Medical and sanitary report of the native army of Bengal for the year
Year: 1876
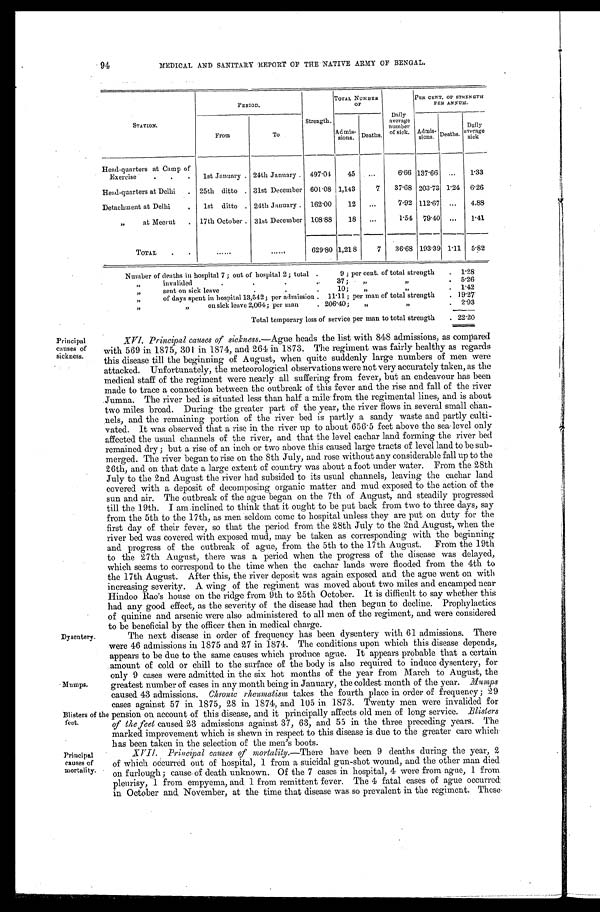
Principal
causes of
sickness.
Dysentery.
Mumps.
94 MEDICAL AND SANITARY REPORT OF THE NATIVE ARMY OF BENGAL.
STATION.
PERIOD.
Strength.
TOTAL NUMBER
OF
Daily
average
number
of sick.
P E R C E N T . O F S T R E N G T H
PER ANNUM.
From
To
Admis-
s i o n .
Deaths.
Admis-
s i o n s .
Deaths.
Daily
average
s i c k .
Head-quarters at Camp of
Exercise . . .
1st January . 24th January . 497.04
45
. . .
6.66 137.66
...
1.33
Head-quarters at Delhi
. 25th ditto . 31st December 601.08 1,143
7
37.68 203.73 1.24
6.26
Detachment at Delhi
.
1st ditto . 24th January . 162.00
12
...
7.92 112.67 ...
4.88
„ at Meerut
. 17th October . 31st December 108.88
18
...
1.54 79.40 ...
1.41
TOTAL
.
.
. . . . . .
......
629.80 1,218
7
36.68 193.39 1.11 5.82
Number of deaths in hospital 7 ; out of hospital 2 ; total .
9 ; per cent. of total strength
. 1.28
„
invalided
.
. .
.
37; „ „
.
5.26
„
sent on sick leave
.
.
10;
„ „
. 1.42
„
of days spent in hospital 13,542; per admission . 11.11 ; per man of total strength
. 19.27
„
„ on sick leave 2,064; per man
. 206.40;
„ „
. 2.93
Total temporary loss of service per man to total strength
. 22.20
Principal
causes of
mortality.
Blisters of the
feet.
XVI. Principal causes of sickness. —Ague heads the list with 848 admissions, as compared
with 569 in 1875, 301 in 1874, and 264 in 1873. The regiment was fairly healthy as regards
this disease till the beginning of August, when quite suddenly large numbers of men were
attacked. Unfortunately, the meteorological observations were not very accurately taken, as the
medical staff of the regiment were nearly all suffering from fever, but an endeavour has been
made to trace a connection between the outbreak of this fever and the rise and fall of the river
Jumna. The river bed is situated less than half a mile from the regimental lines, and is about
two miles broad. During the greater part of the year, the river flows in several small chan-
nels, and the remaining portion of the river bed is partly a sandy waste and partly culti-
vated. It was observed that a rise in the river up to about 656.5 feet above the sea level only
affected the usual channels of the river, and that the level cachar land forming the river bed
remained dry ; but a rise of an inch or two above this caused large tracts of level land to be sub-
merged. The river began to rise on the 8th July, and rose without any considerable fall up to the
26th, and on that date a large extent of country was about a foot under water. From the 28th
July to the 2nd August the river had subsided to its usual channels, leaving the cachar land
covered with a deposit of decomposing organic matter and mud exposed to the action of the
sun and air. The outbreak of the ague began on the 7th of August, and steadily progressed
till the 19th. I am Inclined to think that it ought to be put back from two to three days, say
from the 5th to the 17th, as men seldom come to hospital unless they are put on duty for the
first day of their fever, so that the period from the 28th July to the 2nd August, when the
river bed was covered with exposed mud, may be taken as corresponding with the beginning
and progress of the outbreak of ague, from the 5th to the 17th August. From the 19th
to the 27th August, there was a period when the progress of the disease was delayed,
which seems to correspond to the time when the cachar lands were flooded from the 4th to
the 17th August. After this, the river deposit was again exposed and the ague went on with
increasing severity. A wing of the regiment was moved about two miles and encamped near
Hindoo Rao's house on the ridge from 9th to 25th October. It is difficult to say whether this
had any good effect, as the severity of the disease had then begun to decline. Prophylactics
of quinine and arsenic were also administered to all men of the regiment, and were considered
to be beneficial by the officer then in medical charge.
The next disease in order of frequency has been dysentery with 61 admissions. There
were 46 admissions in 1875 and 27 in 1874. The conditions upon which this disease depends,
appears to be due to the same causes which produce ague. It appears probable that a certain
amount of cold or chill to the surface of the body is also required to induce dysentery, for
only 9 cases were admitted in the six hot months of the year from March to August, the
greatest number of cases in any month being in January, the coldest month of the year. Mumps
caused 43 admissions. Chronic rheumatism takes the fourth place in order of frequency ; 29
cases against 57 in 1875, 28 in 1874, and 105 in 1873. Twenty men were invalided for
pension on account of this disease, and it principally affects old men of long service. Blisters
of the feet caused 23 admissions against 37, 63, and 55 in the three preceding years. The
marked improvement which is shewn in respect to this disease is due to the greater care which
has been taken in the selection of the men's boots.
XVII. Principal causes of mortality. —There have been 9 deaths during the year, 2
of which occurred out of hospital, 1 from a suicidal gun-shot wound, and the other man died
on furlough; cause of death unknown. Of the 7 cases in hospital, 4 were from ague, 1 from
pleurisy, 1 from empyema, and 1 from remittent fever. The 4 fatal cases of ague occurred
in October and November, at the time that disease was so prevalent in the regiment. These